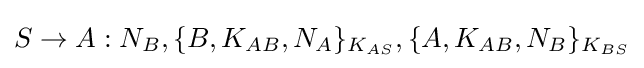
S\rightarrow A:N_{B},\{B,K_{AB},N_{A}\}_{K_{AS}},\{A,K_{AB},N_{B}\}_{K_{BS}}